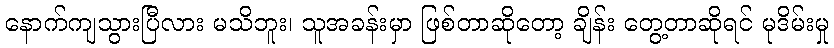
နောက်ကျသွားပြီလား မသိဘူး၊ သူအခန်းမှာ ဖြစ်တာဆိုတော့ ချိန်း တွေ့တာဆိုရင် မုဒိမ်းမှု